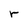
Character: r